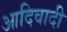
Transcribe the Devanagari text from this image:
आदिवादी